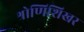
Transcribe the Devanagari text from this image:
श्रोणिशिखर